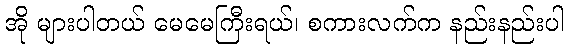
အို များပါတယ် မေမေကြီးရယ်၊ စကားလက်က နည်းနည်းပါ